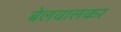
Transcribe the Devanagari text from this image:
बेलवालकर